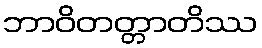
ဘာဝိတတ္တာတိဿ